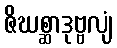
ဇိဃစ္ဆာဒုဗ္ဗလျံ